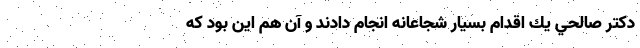
دكتر صالحي يك اقدام بسيار شجاعانه انجام دادند و آن هم اين بود كه